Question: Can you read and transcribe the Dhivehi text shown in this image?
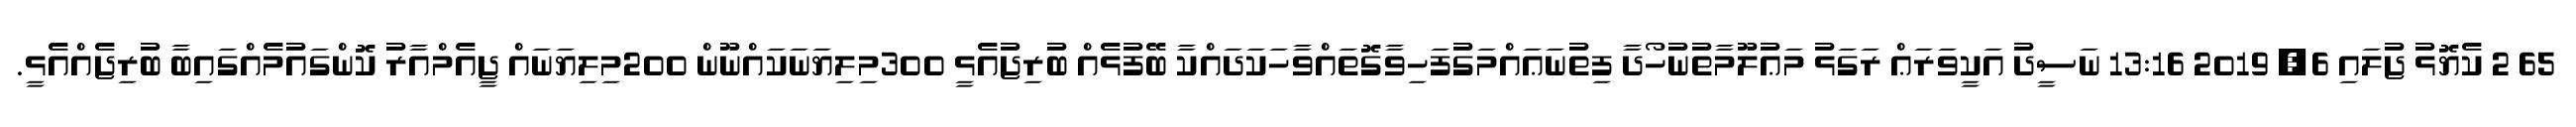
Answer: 65 2 ކެޔޮޅު ޖުލައި 6, 2019 13:16 ނަސީދު އަކީވަރަޢް ރަގަޅު މަޢުލޫމާތުނުހޯދާ ފިތުނަޢައްމަގުފަހިވާގޮތައްވާހަކަދައްކާ ބޭފުޅެއް ބުރިޖުއެޅީ 300މިލިޔަނަކައްނޫން 200މިލިޔަނައް ޖީއެމްއާރު ކޮންގައުމެއްގައިބާ ބުރިޖެއްއެޅީ.